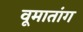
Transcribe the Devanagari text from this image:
वूमातांग